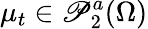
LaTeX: \mu_{t}\in\mathscr{P}_{2}^{a}(\Omega)